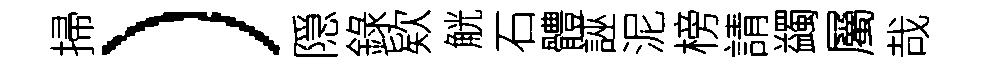
掃）隠錄欵觥石體誣泥榜請蠲屬哉